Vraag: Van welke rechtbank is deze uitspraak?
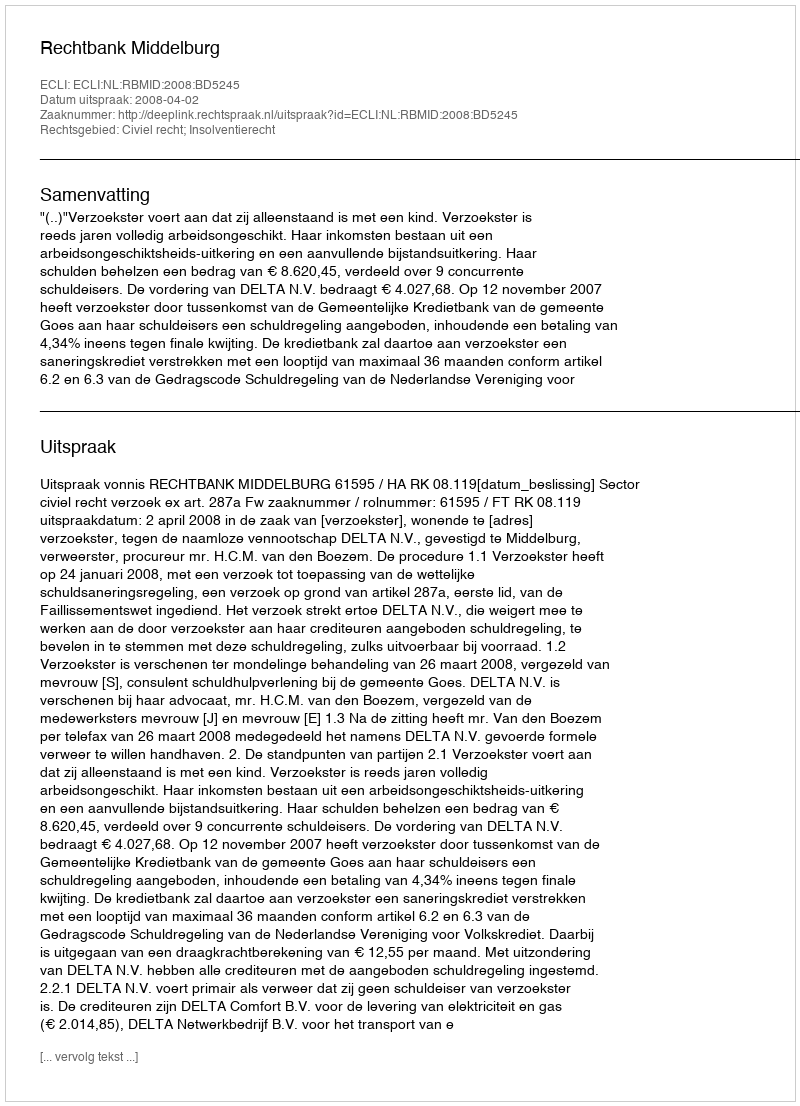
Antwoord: Rechtbank Middelburg